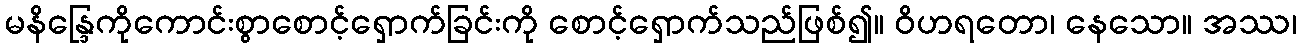
မနိန္ဒြေကိုကောင်းစွာစောင့်ရှောက်ခြင်းကို စောင့်ရှောက်သည်ဖြစ်၍။ ဝိဟရတော၊ နေသော။ အဿ၊